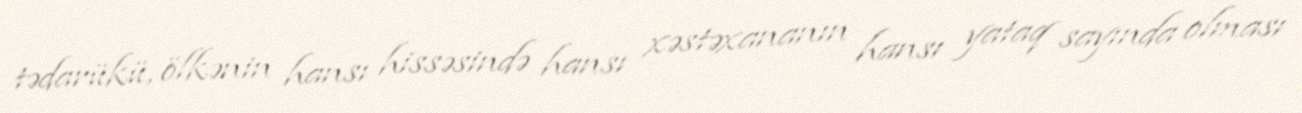
tədarükü, ölkənin hansı hissəsində hansı xəstəxananın hansı yataq sayında olması